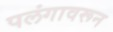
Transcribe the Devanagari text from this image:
पलंगावरून